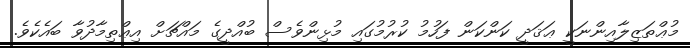
މުޢްތަޒިލާއިންނަކީ ޢަޤަދީ ކަންކަން ފަހުމު ކުރުމުގައި މުޅިންވެސް ބުއްދީގެ މައްޗަށް އިޢްތިމާދުވާ ބައެކެވެ.